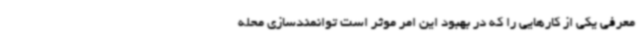
معرفی یکی از کارهایی را که در بهبود این امر موثر است توانمندسازی محله